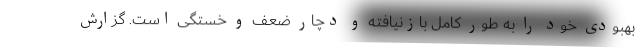
بهبودی خود را به طور کامل بازنیافته و دچار ضعف و خستگی است. گزارش